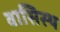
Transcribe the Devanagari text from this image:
वासिस्ठ